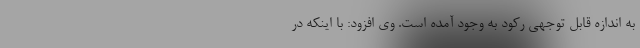
به اندازه قابل توجهی رکود به وجود آمده است. وی افزود: با اینکه در